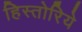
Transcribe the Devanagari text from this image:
हिस्तोरिये